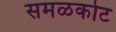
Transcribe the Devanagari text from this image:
समळकोट